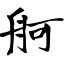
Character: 舸